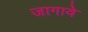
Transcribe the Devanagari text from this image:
जागावे